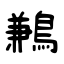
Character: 鶼